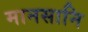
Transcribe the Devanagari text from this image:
मानसानि